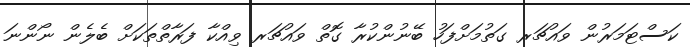
ކަސްޓަމަރުން ވައުޗަރ ގަތުމަށްފަހު ބޭނުންކުރާ ގޮތް ވައުޗަރ ވިއްކާ ފަރާތްތަކަށް ބެލެން ނޯންނަ